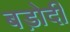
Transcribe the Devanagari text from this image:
बड़ोदी